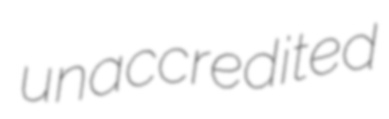
unaccredited